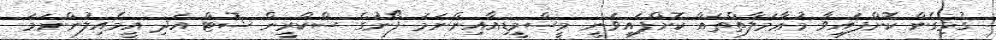
ގުޅިގެން ކޮށްފައިވާ މުޢާމަލާތްތައް ކޮށްފައިވަނީ މީސްމީޑިއާއިންނަމަ ފޯނުގެ ސްކްރީން ޝޮޓް އަދި އީމެއިލުންނަމަ